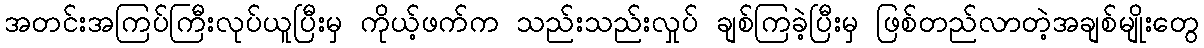
အတင်းအကြပ်ကြီးလုပ်ယူပြီးမှ ကိုယ့်ဖက်က သည်းသည်းလှုပ် ချစ်ကြခဲ့ပြီးမှ ဖြစ်တည်လာတဲ့အချစ်မျိုးတွေ